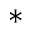
*